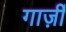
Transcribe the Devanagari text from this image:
गार्ज़ी